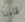
قادنا